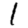
Digit: 1